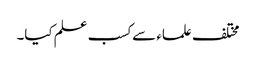
مختلف علماء سے کسب علم کیا۔